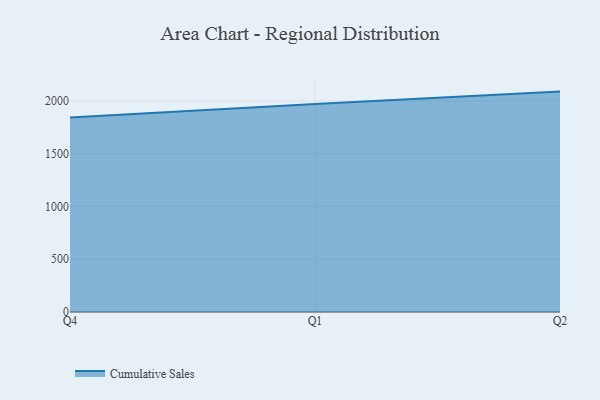
{"axis": {"x": "Quarter", "y": "Net Income (USD K)"}, "legend": ["Cumulative Sales"], "data": [{"x": "Q4", "y": 1844.4, "type": "Cumulative Sales"}, {"x": "Q1", "y": 1971.9, "type": "Cumulative Sales"}, {"x": "Q2", "y": 2089.2, "type": "Cumulative Sales"}]}